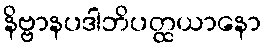
နိဗ္ဗာနပဒါဘိပတ္ထယာနော